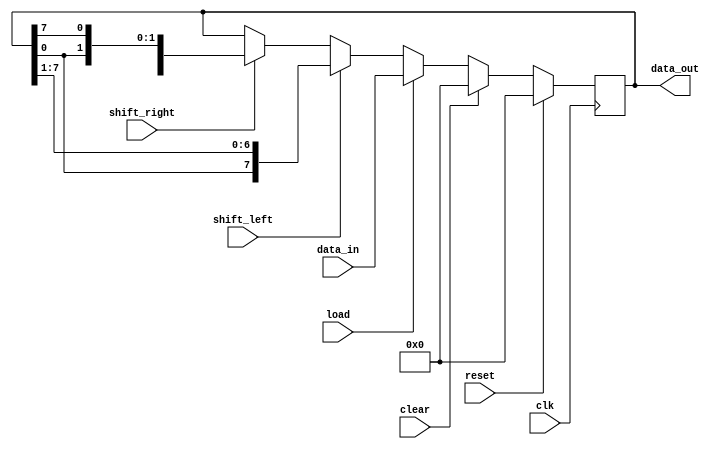
module UniversalShiftRegister (
    input wire clk,
    input wire reset,
    input wire clear,
    input wire shift_left,
    input wire shift_right,
    input wire load,
    input wire [7:0] data_in,
    output reg [7:0] data_out
);

reg [7:0] shift_reg;

always @(posedge clk) begin
    if (reset) begin
        shift_reg <= 8'b0;
    end else if (clear) begin
        shift_reg <= 8'b0;
    end else if (load) begin
        shift_reg <= data_in;
    end else if (shift_left) begin
        shift_reg <= {shift_reg[0], shift_reg[7:1]};
    end else if (shift_right) begin
        shift_reg <= {shift_reg[6:0], shift_reg[7]};
    end
end

assign data_out = shift_reg;

endmodule